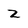
Character: z